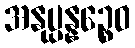
အနုပ္ပန္နဉ္စေဝ